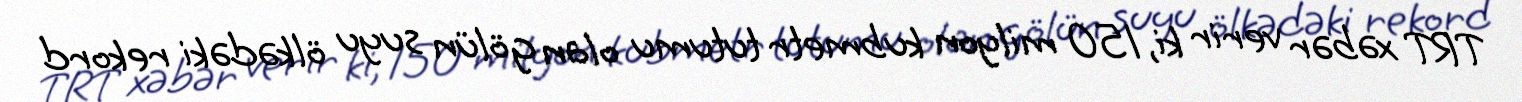
TRT xəbər verir ki, 150 milyon kubmetr tutumu olan gölün suyu ölkədəki rekord